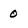
Character: 0